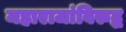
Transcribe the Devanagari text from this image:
महाराजांविरुद्ध